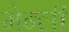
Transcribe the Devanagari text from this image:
मेन्ली